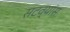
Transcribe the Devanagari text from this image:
सटव्यांस